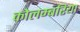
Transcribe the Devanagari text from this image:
कोलम्बरिया